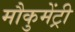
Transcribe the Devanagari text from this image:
मौकुमेंट्री